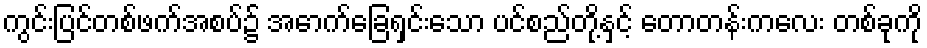
ကွင်းပြင်တစ်ဖက်အစပ်၌ အောက်ခြေရှင်းသော ပင်စည်တို့နှင့် တောတန်းကလေး တစ်ခုကို